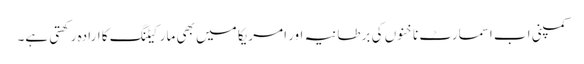
کمپنی اب اسمارٹ ناخنوں کی برطانیہ اور امریکا میں بھی مارکیٹنگ کا ارادہ رکھتی ہے۔